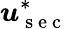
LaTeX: \boldsymbol u_{\mathrm{~s~e~c~}}^{*}